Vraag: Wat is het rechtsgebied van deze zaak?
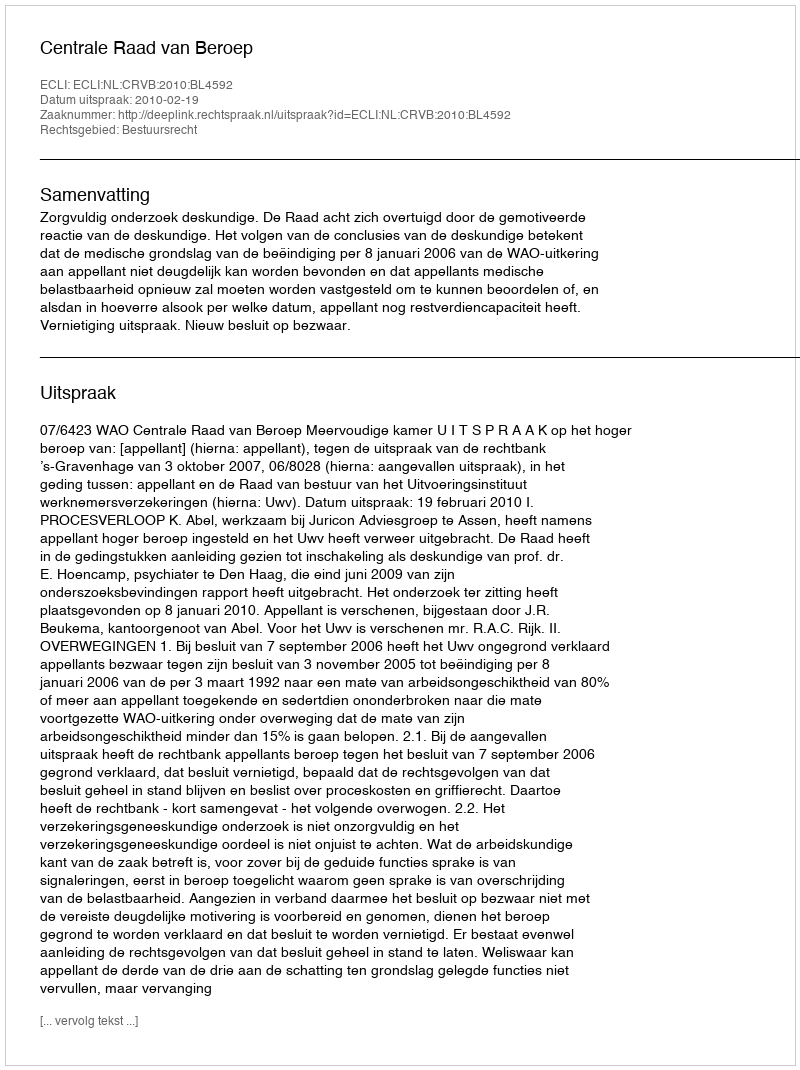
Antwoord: Bestuursrecht